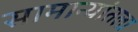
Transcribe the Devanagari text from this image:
सामान्यांतला